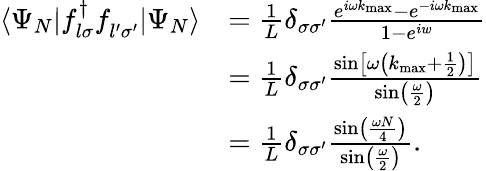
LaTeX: \begin{array}{rl}{\langle\Psi_{N}|f_{l\sigma}^{\dagger}f_{l^{\prime}\sigma^{\prime}}^{\phantom{\dagger}}|\Psi_{N}\rangle}&{=\frac{1}{L}\delta_{\sigma\sigma^{\prime}}\frac{e^{i\omega k_{\mathrm{max}}}-e^{-i\omega k_{\mathrm{max}}}}{1-e^{iw}}}\\ &{=\frac{1}{L}\delta_{\sigma\sigma^{\prime}}\frac{\sin\left[\omega\left(k_{\mathrm{max}}+\frac{1}{2}\right)\right]}{\sin\left(\frac{\omega}{2}\right)}}\\ &{=\frac{1}{L}\delta_{\sigma\sigma^{\prime}}\frac{\sin\left(\frac{\omega N}{4}\right)}{\sin\left(\frac{\omega}{2}\right)}.}\end{array}